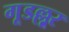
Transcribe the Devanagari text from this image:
गूडल्लूर